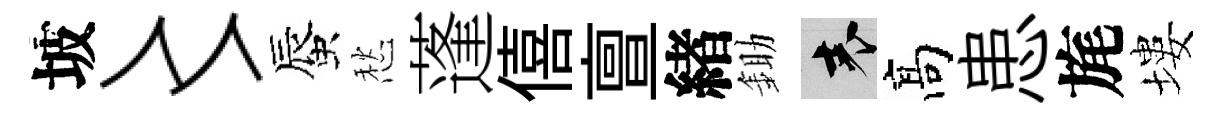
坡〻蜃愁蓬僖亶緖鋤表髙患旄塿